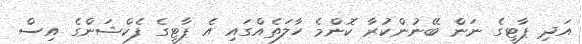
އަދި ޕާޓީގެ ނަން ބޭނުންކުރާ ކޮންމެ ހާލަތެއްގައި އެ ޕާޓީގެ ފެކްޝަންގެ އިސް